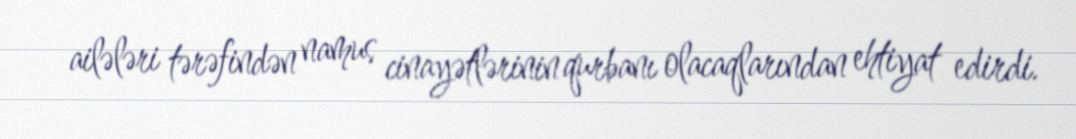
ailələri tərəfindən namus cinayətlərinin qurbanı olacaqlarından ehtiyat edirdi.